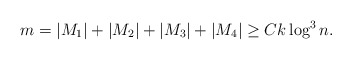
\begin{align*} m = |M_1|+ |M_2|+ |M_3|+ |M_4| \geq Ck\log^3 n.\end{align*}